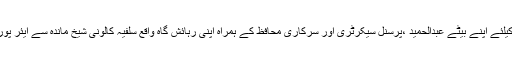
جمعیت اہلحدیث کے رہنما عصمت اللہ سالم کے مطابق مولانا ابوتراب کوئٹہ سے کراچی جانے کیلئے اپنے بیٹے عبدالحمید ،پرسنل سیکرٹری اور سرکاری محافظ کے ہمراہ اپنی رہائش گاہ واقع سلفیہ کالونی شیخ ماندہ سے ایئر پورٹ جارہے تھے کہ ائیرپورٹ پولیس تھانہ کے قریب چاروں کو گاڑی سے اتارکر اغواء کیا گیا۔